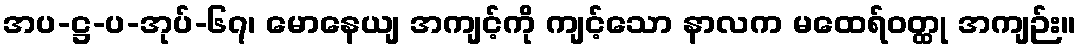
အပ-ဋ္ဌ-ပ-အုပ်-၆၇၊ မောနေယျ အကျင့်ကို ကျင့်သော နာလက မထေရ်ဝတ္ထု အကျဉ်း။